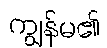
ကျွန်မ၏